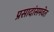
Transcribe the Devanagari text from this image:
प्रसादांसमवेत